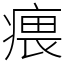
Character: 㾯